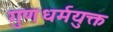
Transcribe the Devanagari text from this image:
गुणधर्मयुक्त